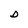
Character: D